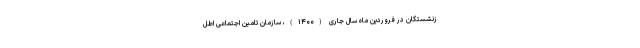
زنشستگان در فروردین ماه سال جاری (۱۴۰۰)، سازمان تامین اجتماعی اطل